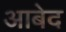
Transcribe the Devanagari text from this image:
अाबेद